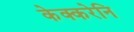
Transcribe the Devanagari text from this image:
केक्करेनि